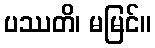
ပဿတိ၊ မမြင်။